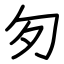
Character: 匇